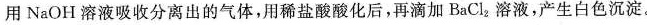
用NaOH溶液吸收分离出的气体，用稀盐酸酸化后，再滴加BaClz溶液，产生白色沉淀。